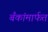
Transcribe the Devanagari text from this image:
बँकांमार्फत